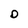
Character: D